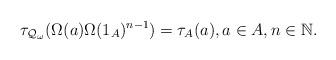
LaTeX: \begin{align*}\tau_{\mathcal Q_\omega}(\Omega(a) \Omega(1_A)^{n-1}) = \tau_A(a), a\in A, n \in \mathbb N.\end{align*}